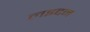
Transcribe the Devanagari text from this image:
लइदन